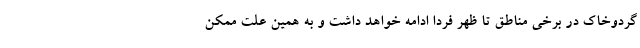
گردوخاک در برخی مناطق تا ظهر فردا ادامه خواهد داشت و به همین علت ممکن